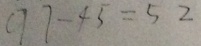
9 7 - 4 5 = 5 2